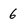
Character: 6